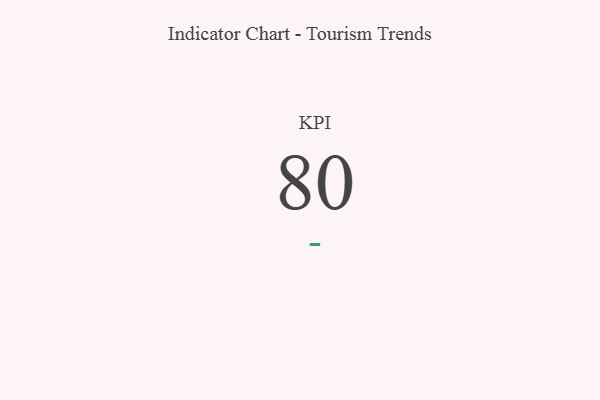
{"axis": {"x": "KPI", "y": "Value"}, "legend": [""], "data": [{"x": "KPI", "y": 80, "type": ""}]}